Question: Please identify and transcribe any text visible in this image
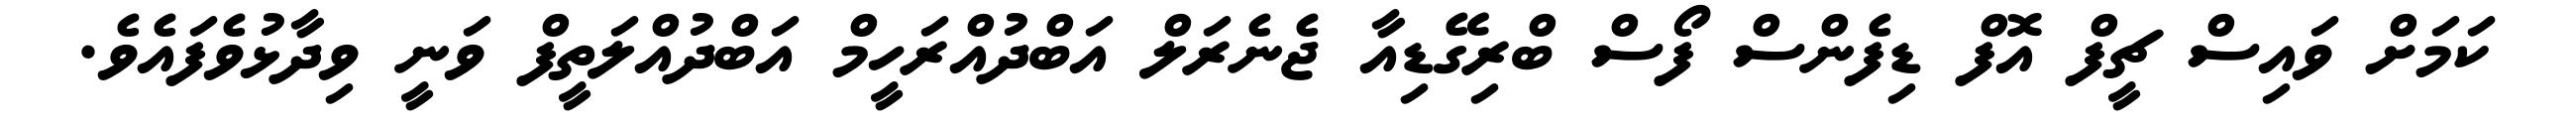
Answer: ކަމަށް ވައިސް ޗީފް އޮފް ޑިފެންސް ފޯސް ބްރިގޭޑިއާ ޖެނެރަލް އަބްދުއްރަހީމް އަބްދުއްލަތީފް ވަނީ ވިދާޅުވެފައެވެ.